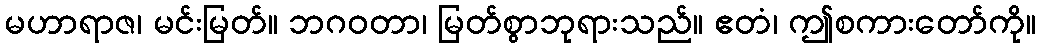
မဟာရာဇ၊ မင်းမြတ်။ ဘဂဝတာ၊ မြတ်စွာဘုရားသည်။ ဧတံ၊ ဤစကားတော်ကို။